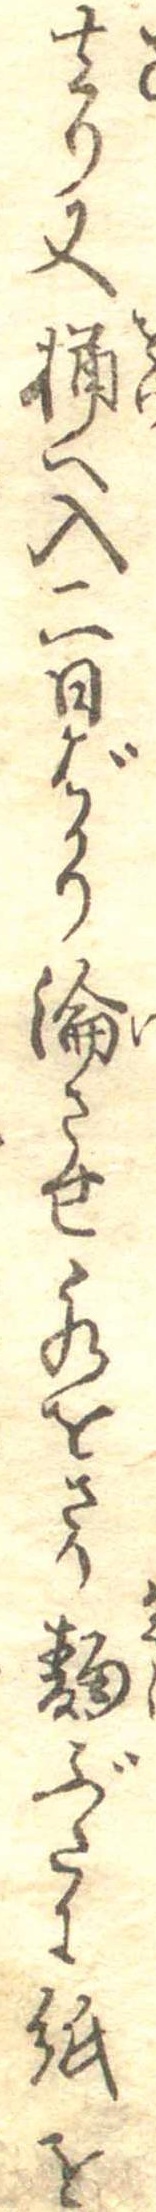
去り又桶へ入二日ばかり淪させ水をさり麹ぶたに紙を